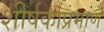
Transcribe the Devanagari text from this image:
शीर्षकाप्रमाणे